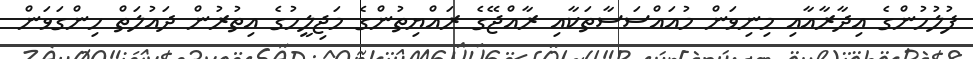
ފުލުހުންގެ އިދާރާއާއި މިނިވަން މުއައްސަސާތަކާއި ރާއްޖޭގެ ރައްޔިތުންގެ މަޖިލީހުގެ އިތުރުން ދައުލަތް ހިންގަވަން